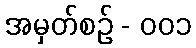
အမှတ်စဥ် - ၀၀၁